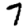
Digit: 7